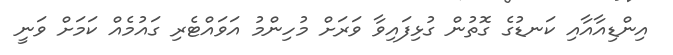
އިންޑިއާއާއި ކަނޑުގެ ގޮތުން ގުޅިފައިވާ ވަރަށް މުހިންމު އަވައްޓެރި ގައުމެއް ކަމަށް ވަނީ